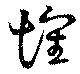
懷